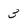
Character: 3